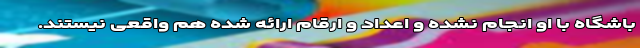
باشگاه با او انجام نشده و اعداد و ارقام ارائه شده هم واقعی نیستند.